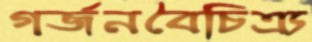
গর্জনবৈচিত্র্য